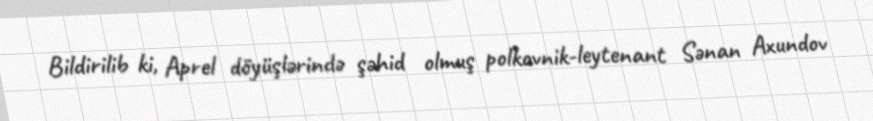
Bildirilib ki, Aprel döyüşlərində şəhid olmuş polkovnik-leytenant Sənan Axundov